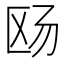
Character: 𪟮